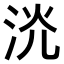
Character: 𣴕